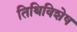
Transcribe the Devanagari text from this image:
तिथिविशेष